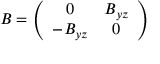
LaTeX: B = \left( \begin{array} { c c } { { 0 } } & { { B _ { y z } } } \\ { { - B _ { y z } } } & { { 0 } } \end{array} \right)